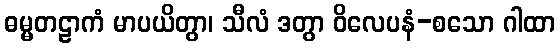
ဓမ္မတဠာကံ မာပယိတွာ၊ သီလံ ဒတွာ ဝိလေပနံ-စသော ဂါထာ